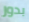
بدور